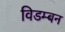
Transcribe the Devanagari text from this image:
विडम्बन